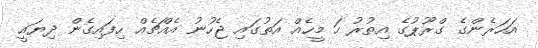
އަހަރެންގެ ގްރޫޕުގެ އިތުރު ހަ މީހެއް އަތުގައި ޖެހުނު އެއްޗެއް ހިފައިގެން ދިޔައީ